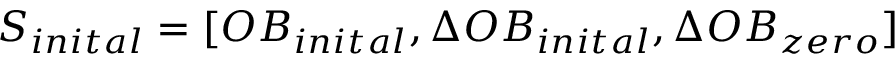
S _ { i n i t a l } = [ O B _ { i n i t a l } , \Delta O B _ { i n i t a l } , \Delta O B _ { z e r o } ]